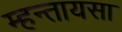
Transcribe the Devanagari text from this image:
म्हन्तायसा